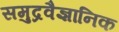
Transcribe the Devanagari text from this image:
समुद्रवैज्ञानिक